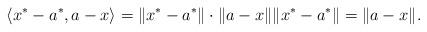
LaTeX: \begin{align*}\langle x^*-a^*, a-x\rangle=\|x^*-a^*\|\cdot\|a-x\|\|x^*-a^*\|=\|a-x\|.\end{align*}